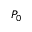
P _ { 0 }